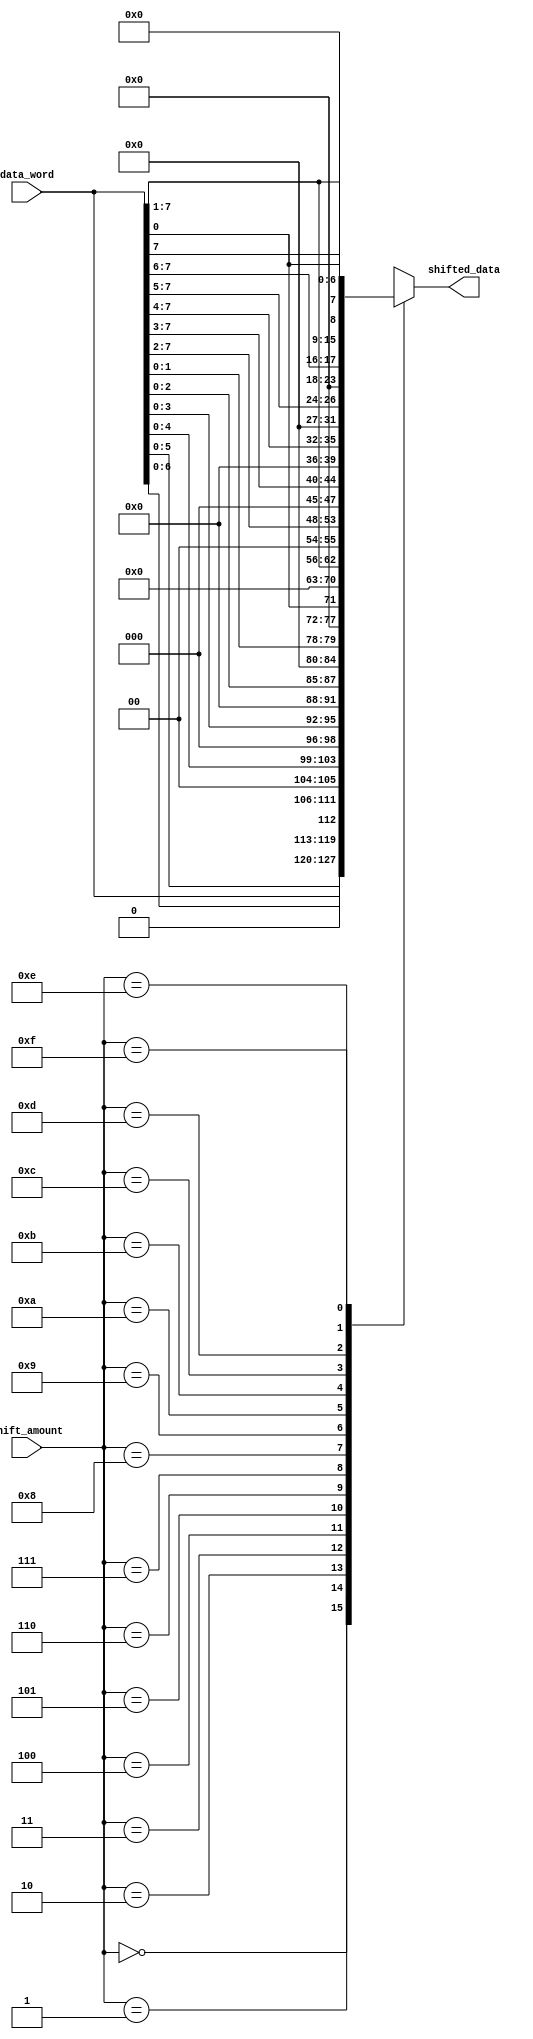
module BarrelShifter (
  input [7:0] data_word,
  input [3:0] shift_amount,
  output reg [7:0] shifted_data
);

  reg [7:0] shift_out_1, shift_out_2, shift_out_3;

  always @(*) begin
    case (shift_amount)
      4'b0000: shifted_data = data_word;
      4'b0001: shifted_data = data_word << 1;
      4'b0010: shifted_data = data_word << 2;
      4'b0011: shifted_data = data_word << 3;
      4'b0100: shifted_data = data_word << 4;
      4'b0101: shifted_data = data_word << 5;
      4'b0110: shifted_data = data_word << 6;
      4'b0111: shifted_data = data_word << 7;
      4'b1000: shifted_data = data_word >> 1;
      4'b1001: shifted_data = data_word >> 2;
      4'b1010: shifted_data = data_word >> 3;
      4'b1011: shifted_data = data_word >> 4;
      4'b1100: shifted_data = data_word >> 5;
      4'b1101: shifted_data = data_word >> 6;
      4'b1110: shifted_data = data_word >> 7;
      4'b1111: shifted_data = {data_word[0], data_word[7:1]};
    endcase
  end

endmodule